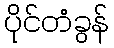
ပိုင်တံခွန်